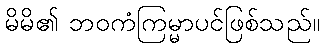
မိမိ၏ ဘဝကံကြမ္မာပင်ဖြစ်သည်။